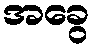
အခွေ